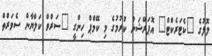
ލޮލުގެ "ކެޓަރެކްޓް" އޮޕަރޭޝަން ކުރުމުގެ މި ކޭމްޕް ހިންގީ "ސަރްވް ކަލްޔާން ސެވަރްތް